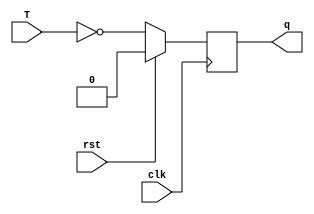
/////////////////////////////////////////////////////////////////////////////////
//                                                                             //
// Module Name:    TFF_Behavioral                                              //
// Description:    Behavioral Model of T Flip Flop                             //
//                                                                             //
/////////////////////////////////////////////////////////////////////////////////
`timescale 1ns / 10ps
module TFF(T,rst,clk,q);
  input T,rst,clk;
  output q;
  reg q;
  
  always @(posedge clk) begin
    if(rst==1) begin
      q<=0;
    end
    else begin
      q<=~T;
    end
  end
endmodule